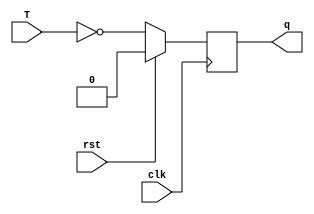
/////////////////////////////////////////////////////////////////////////////////
//                                                                             //
// Module Name:    TFF_Behavioral                                              //
// Description:    Behavioral Model of T Flip Flop                             //
//                                                                             //
/////////////////////////////////////////////////////////////////////////////////
`timescale 1ns / 10ps
module TFF(T,rst,clk,q);
  input T,rst,clk;
  output q;
  reg q;
  
  always @(posedge clk) begin
    if(rst==1) begin
      q<=0;
    end
    else begin
      q<=~T;
    end
  end
endmodule